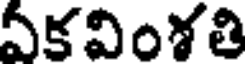
ఏకవింశతి